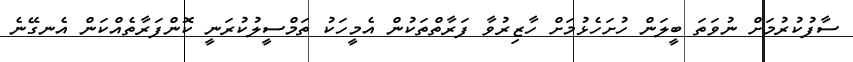
ސާފުކުރުމަށް ނުވަތަ ބީލަން ހުށަހެޅުމަށް ހާޒިރުވާ ފަރާތްތަކުން އެމީހަކު ތަމްސީލުކުރަނީ ކޮންފަރާތެއްކަން އެނގޭނެ